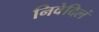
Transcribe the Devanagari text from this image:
निवेदिलं